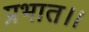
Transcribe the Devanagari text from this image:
प्रभात।।